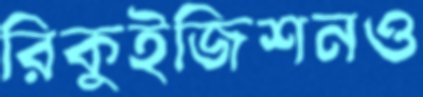
রিকুইজিশনও